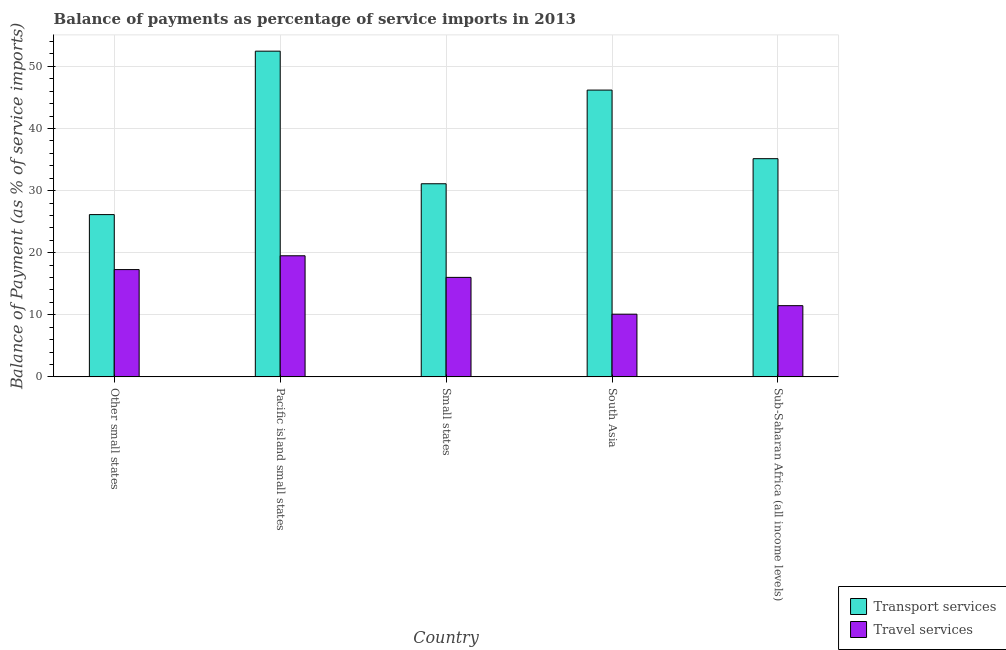
| Country | Transport services | Travel services |
 | --- | --- | --- |
 | Other small states | 26.1 | 17.3 |
 | Pacific island small states | 52.5 | 19.5 |
 | Small states | 31.1 | 16 |
 | South Asia | 46.2 | 10.1 |
 | Sub-Saharan Africa (all income levels) | 35.1 | 11.5 |